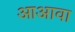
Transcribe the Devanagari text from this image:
आअावा